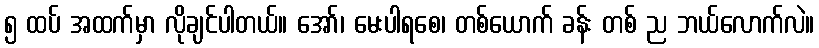
၅ ထပ် အထက်မှာ လိုချင်ပါတယ်။ အော်၊ မေးပါရစေ၊ တစ်ယောက် ခန်း တစ် ည ဘယ်လောက်လဲ။